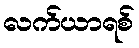
လက်ယာရစ်